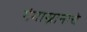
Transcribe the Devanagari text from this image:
गंगास्नानाचे